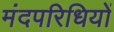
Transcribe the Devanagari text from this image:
मंदपरिधियों